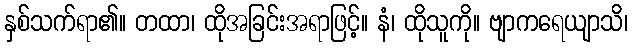
နှစ်သက်ရာ၏။ တထာ၊ ထိုအခြင်းအရာဖြင့်။ နံ၊ ထိုသူကို။ ဗျာကရေယျာသိ၊